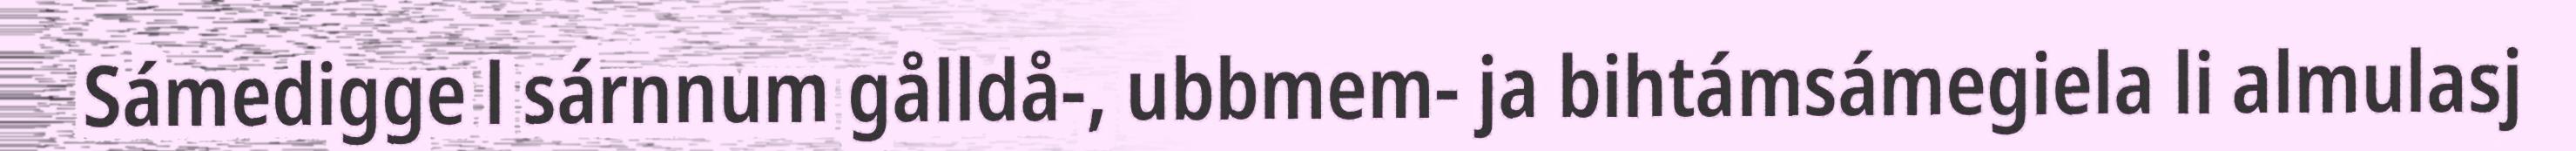
Sámedigge l sárnnum gålldå-, ubbmem- ja bihtámsámegiela li almulasj